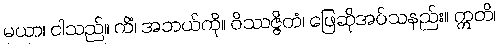
မယာ၊ ငါသည်။ ကိံ၊ အဘယ်ကို။ ဝိဿဇ္ဇိတံ၊ ဖြေဆိုအပ်သနည်း။ ဣတိ၊